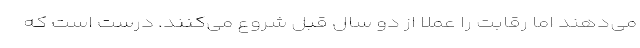
می‌دهند اما رقابت را عملا از دو سال قبل شروع می‌کنند. درست است که